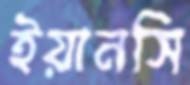
ইয়ানসি